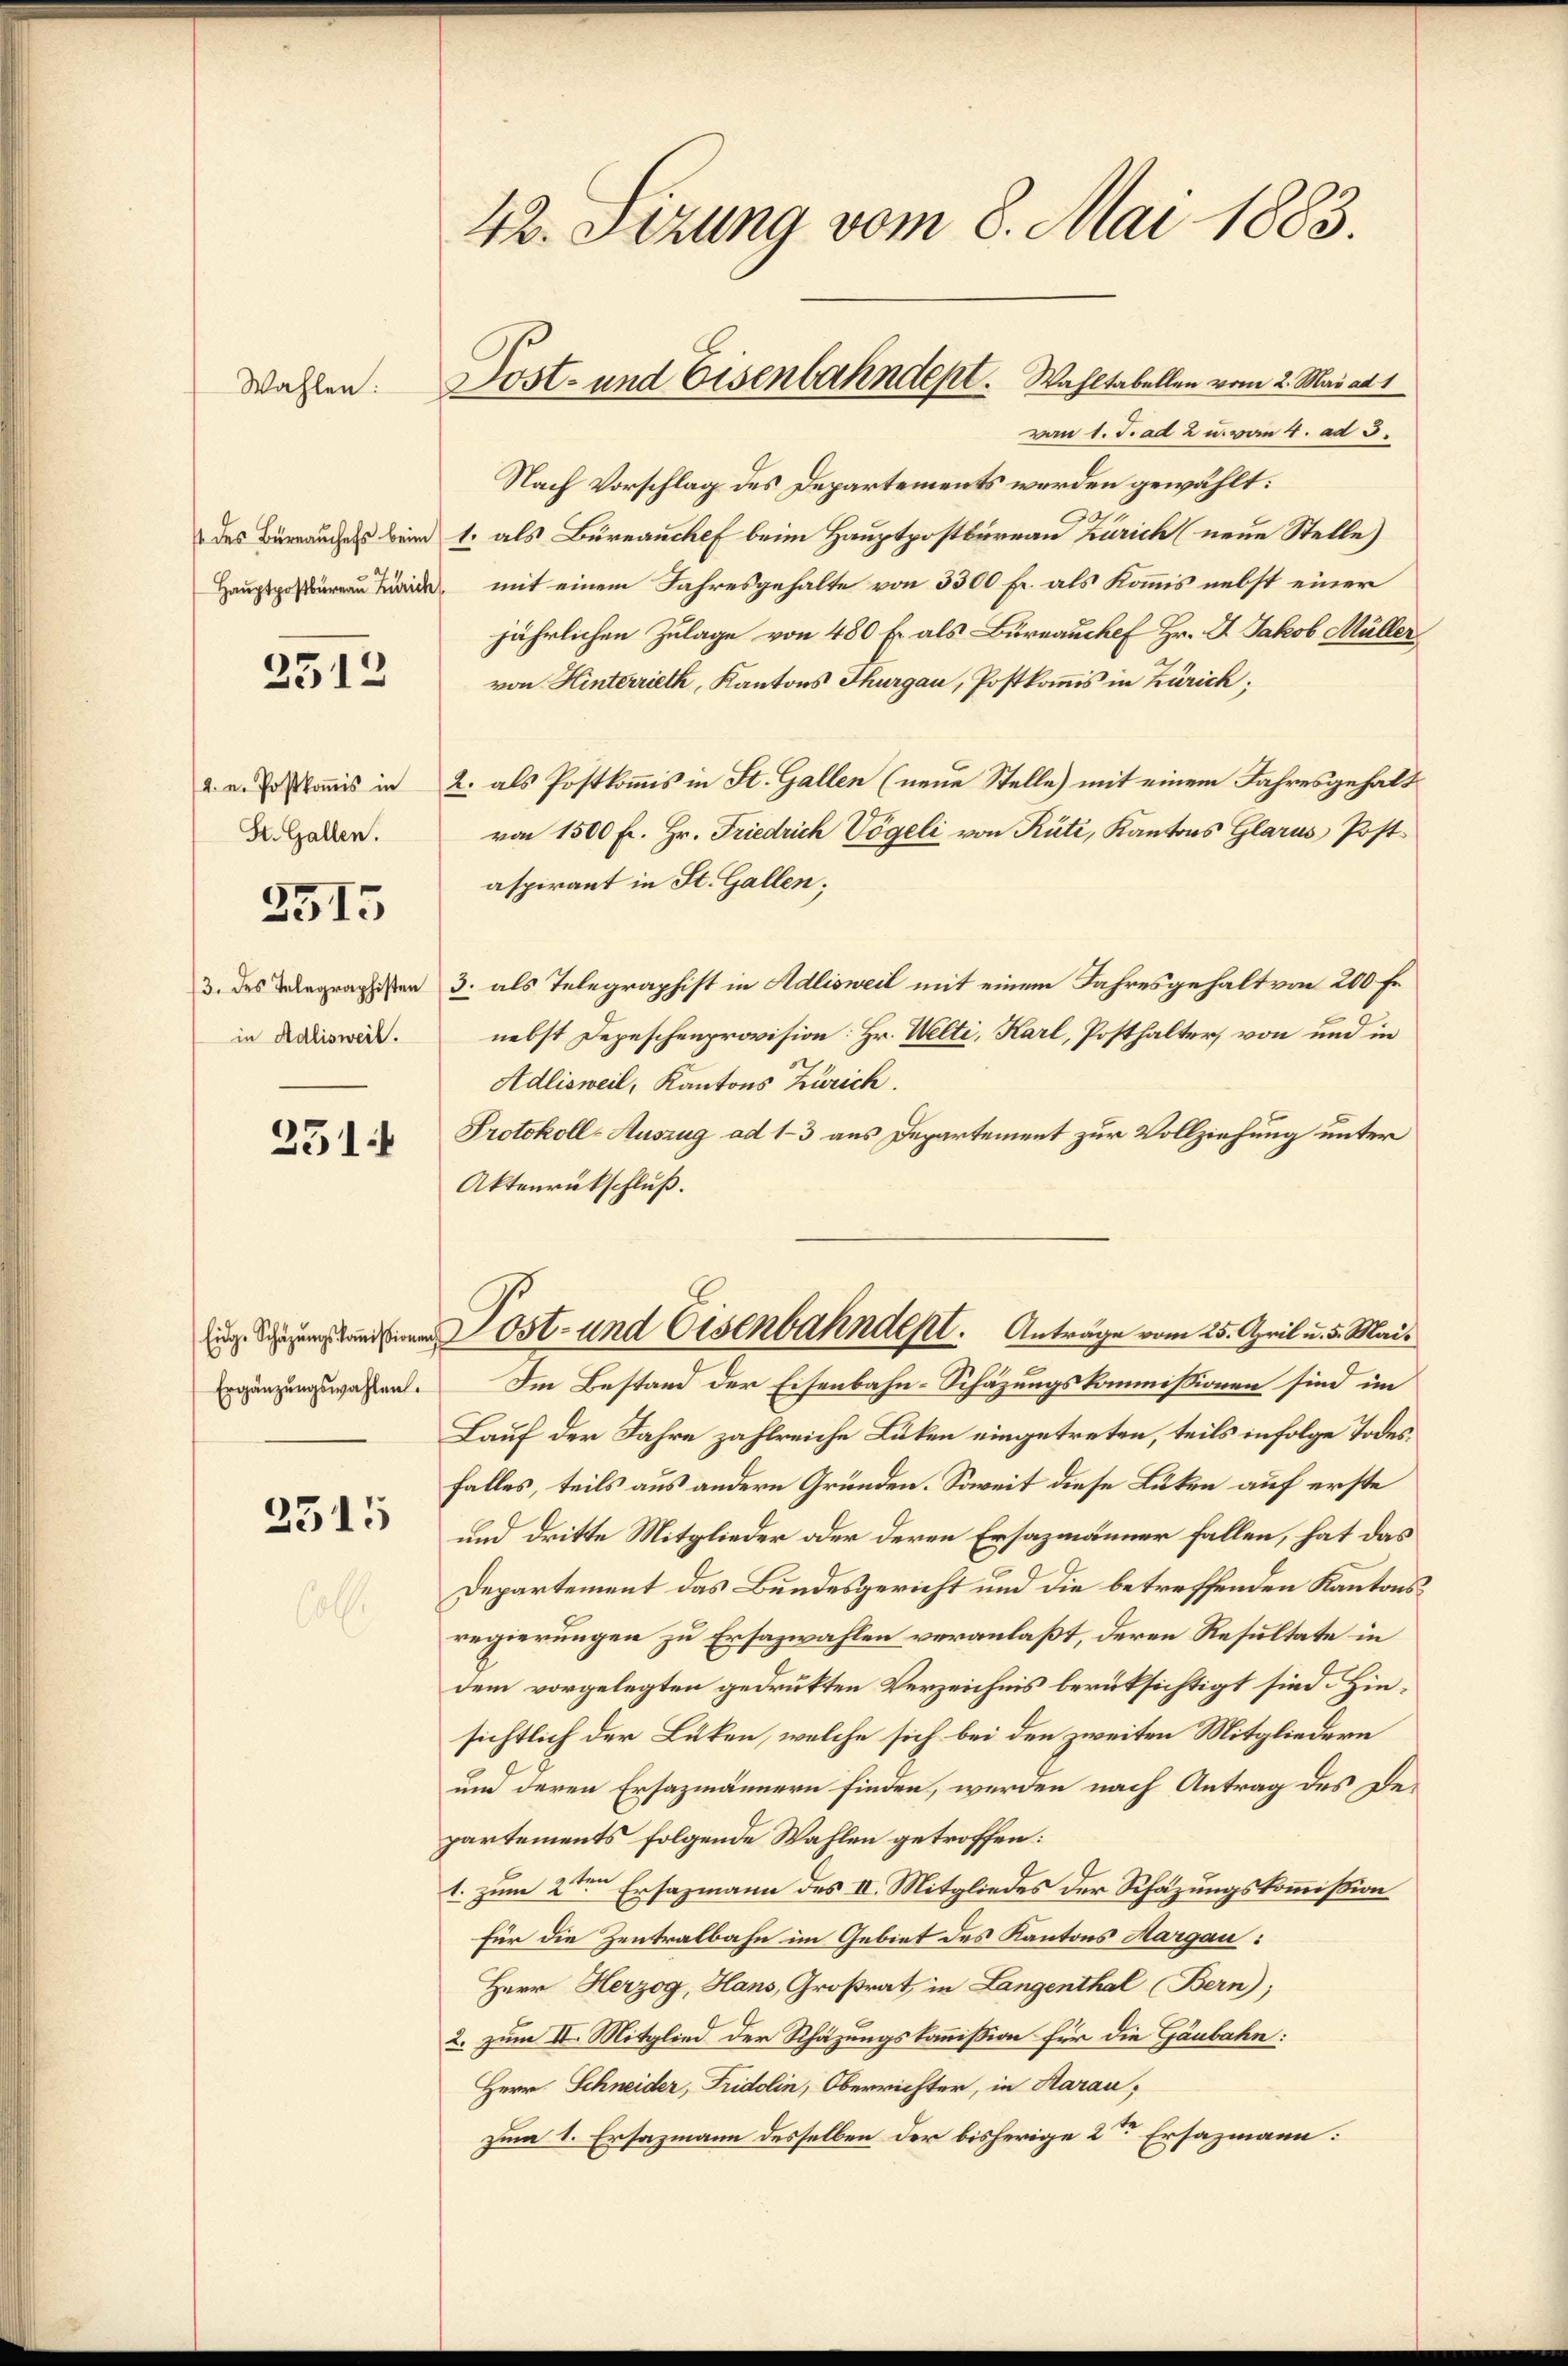
Wahlen.

2512

/A. u. Postkomis in
St. Gallen.

2515

/3. des Telegraphisten
in Adlisweil.

251.

Ergänzungswahlen.

2315

42. Sizung vom 8. Mai 1883.

Post- und Eisenbahndept. Wahltabellen vom 2. Mai ad 1

von 1. J. ad 2 u. von 4. ad 3.
Nach Vorschlag des Departements werden gewählt:
des Bürrauches beim 1. als Büreauchef beim Hauptpostbureau Zürich (neue Stelle)
Haupt mit einem Jahresgehalte von 3300 fr. als Kommis nebst einer
jährlichen Zulage von 480 fr als Bureau chef Hr. Dr. Jakob Müller
von Hinterrieth, Kantons Thurgau, Postkomis in Zürich;
2. als Postkomis in St. Gallen (neue Stelle) mit einem Jahresgehalt
von 1500 Fr. Hr. Friedrich Vögeli von Rüti, Kantons Glarus Postaspirant in St. Gallen;
3. als Telegraphist in Adlisweil mit einem Jahresgehalt von 200 Fr.
nebst Depeschenprovision: Hr. Welti, Karl, Posthalter, von und in
Adlisweil, Kantons Zürich.
Protokoll-Auszug ad 13 aus Departement zur Vollziehung unter
Aktenrückschluß.
 eanden Post- und Eisenbahndept. Anträge vom 25. April u. 5. Mai¬
Im Bestand der Eisenbahn-Schäzungskommissionen sind im
Lauf der Jahre zahlreiche Lüben eingetreten, teils infolge Todesfalles, teils aus andern Gründen. Soweit diese Luten auf erste
und dritte Mitglieder oder deren Ersazmänner fallen, hat das
Departement das Bundesgericht und die betreffenden Kantonsregierungen zu Ersazwahlen veranlaßt, deren Resultate in
dem vorgelegten gedrukten Verzeichnis berüksichtigt sind. Hinsichtlich der Lücken, welche sich bei den zweiten Mitgliedern
und deren Ersazmännern finden, werden nach Antrag des De-
partements folgende Wahlen getroffen:
1. zum 2ten Ersazmann des II. Mitgliedes der Schazungskommißion
Für die Zentralbahn im Gebiet des Kantons Margau:
Herr Herzog, Hans, Großrat, in Langenthal Bern;
2. zum II. Mitglied der Schäzungskommission für die Gäubahn:
Herr Schneider, Fridolin, Oberrichter, in Haran,
zum 1. Ersazmann desselben der bisherige 2ten Ersazmann: